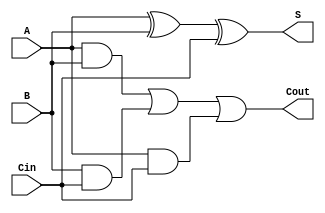
module FullAdder(
    input wire A, // 1-bit data input
    input wire B, // 1-bit data input
    input wire Cin, // Carry-in bit
    output wire S, // Sum output
    output wire Cout // Carry-out bit
);

assign S = A ^ B ^ Cin; // Sum output calculation
assign Cout = (A & B) | (B & Cin) | (A & Cin); // Carry-out calculation

endmodule